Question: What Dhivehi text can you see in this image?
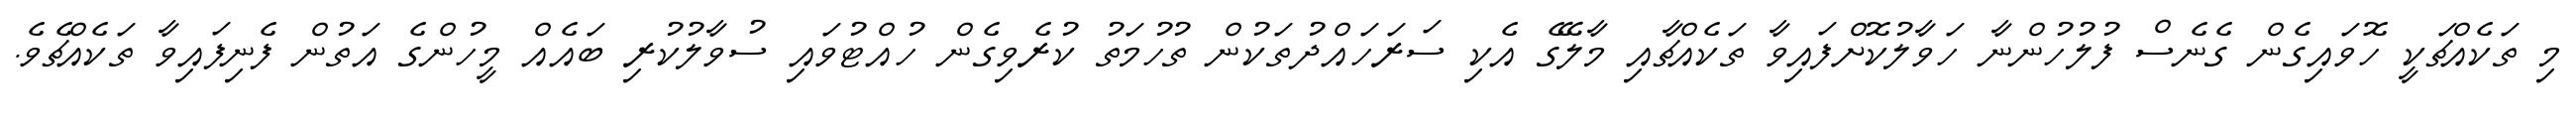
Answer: މި ތަކެއްޗަކީ ހޮވައިގެން ގެނެސް ފުލުހުންނާ ހަވާލުކޮށްފައިވާ ތަކެއްޗާއި މާލޭގެ އެކި ސަރަހައްދުތަކުން ތުހުމަތު ކުރެވިގެން ހުއްޓުވައި ސުވާލުކުރި ބައެއް މީހުންގެ އަތުން ފެނިފައިވާ ތަކެއްޗެވެ.